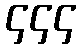
၄၄၄